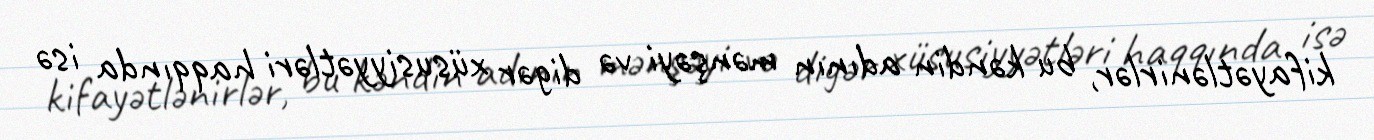
kifayətlənirlər, bu kəndin adının mənşəyi və digər xüsusiyyətləri haqqında isə